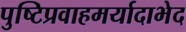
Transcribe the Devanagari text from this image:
पुष्टिप्रवाहमर्यादाभेद